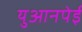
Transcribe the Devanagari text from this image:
युआनपेई